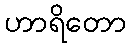
ဟာရိတော